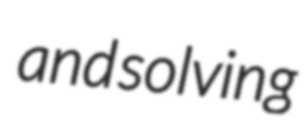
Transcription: and solving